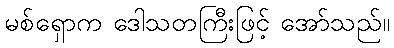
မစ်ရှောက ဒေါသတကြီးဖြင့် အော်သည်။